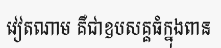
វៀតណាម គឺជាឧបសគ្គធំក្នុងពាន